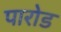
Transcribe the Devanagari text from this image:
पारोड